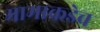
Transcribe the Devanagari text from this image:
मामाकडेच